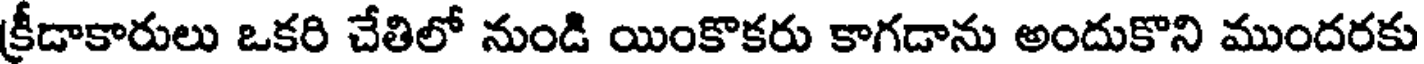
క్రీడాకారులు ఒకరి చేతిలో నుండి యింకొకరు కాగడాను అందుకొని ముందరకు